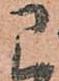
に